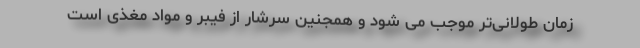
زمان طولانی‌تر موجب می شود و همجنین سرشار از فیبر و مواد مغذی است